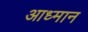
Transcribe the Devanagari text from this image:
आध्मान